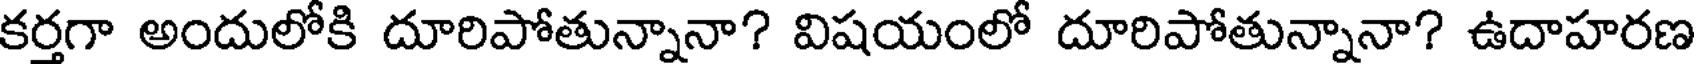
కర్తగా అందులోకి దూరిపోతున్నానా? విషయంలో దూరిపోతున్నానా? ఉదాహరణ